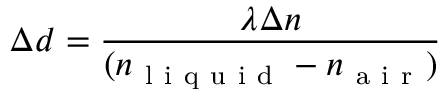
\Delta d = \frac { \lambda \Delta n } { ( n _ { \mathrm { ~ l ~ i ~ q ~ u ~ i ~ d ~ } } - n _ { \mathrm { ~ a ~ i ~ r ~ } } ) }